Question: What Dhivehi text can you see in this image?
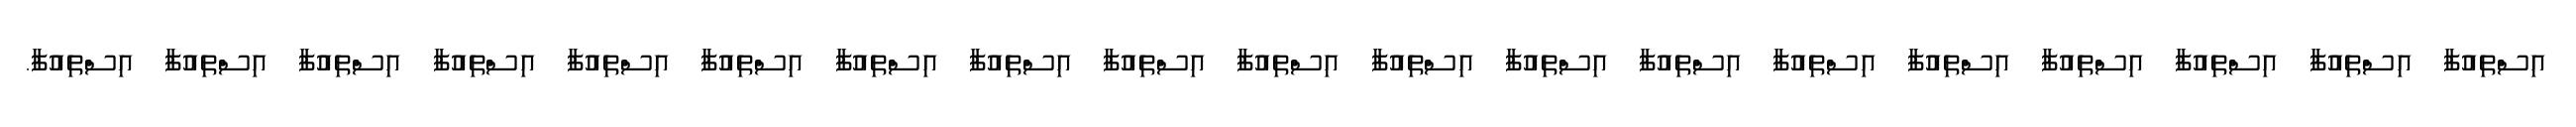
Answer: އިސްތިއުފާ އިސްތިއުފާ އިސްތިއުފާ އިސްތިއުފާ އިސްތިއުފާ އިސްތިއުފާ އިސްތިއުފާ އިސްތިއުފާ އިސްތިއުފާ އިސްތިއުފާ އިސްތިއުފާ އިސްތިއުފާ އިސްތިއުފާ އިސްތިއުފާ އިސްތިއުފާ އިސްތިއުފާ އިސްތިއުފާ އިސްތިއުފާ އިސްތިއުފާ.